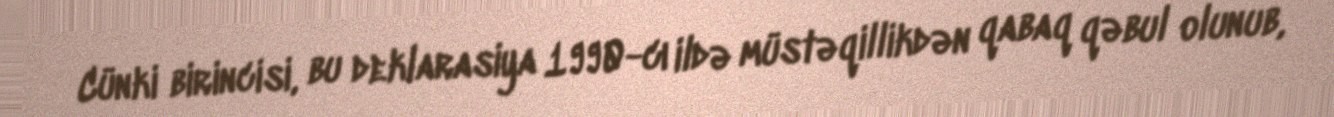
Cünki birincisi, bu deklarasiya 1990-cı ildə müstəqillikdən qabaq qəbul olunub,